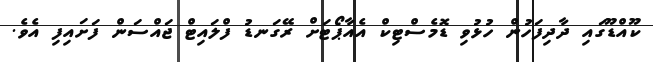
ކޫއްޑޫގައި ދާދިފަހުން ހުޅުވި ޑޮމެސްޓިކް އެއާޕޯޓަށް ރޭގަނޑު ފްލައިޓް ޖައްސަން ފަށައިފި އެވެ.